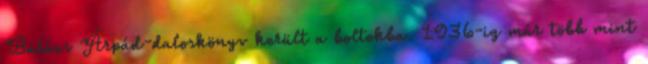
Balázs Árpád-daloskönyv került a boltokba. 1936-ig már több mint